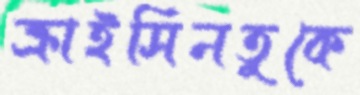
ক্রাইসিনতুকে